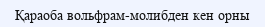
Қараоба вольфрам-молибден кен орны